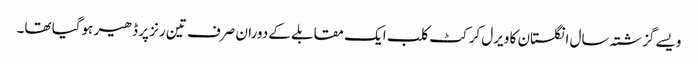
ویسے گزشتہ سال انگلستان کا ویرل کرکٹ کلب ایک مقابلے کے دوران صرف تین رنز پر ڈھیر ہوگیا تھا۔